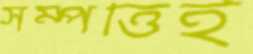
সম্পত্তিই